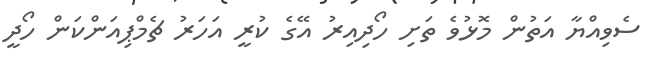
ސެވިއްޔާ އަތުން މޮޅުވެ ތަށި ހޯދިއިރު އޭގެ ކުރީ އަހަރު ޗެމްޕިއަންކަން ހޯދީ